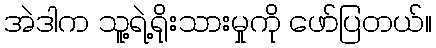
အဲဒါက သူ့ရဲ့ရိုးသားမှုကို ဖော်ပြတယ်။